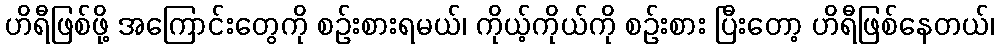
ဟိရီဖြစ်ဖို့ အကြောင်းတွေကို စဉ်းစားရမယ်၊ ကိုယ့်ကိုယ်ကို စဉ်းစား ပြီးတော့ ဟိရီဖြစ်နေတယ်၊